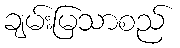
ချမ်းမြသာစည်